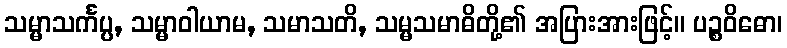
သမ္မာသင်္ကပ္ပ, သမ္မာဝါယာမ, သမာသတိ, သမ္မသမာဓိတို့၏ အပြားအားဖြင့်။ ပဉ္စဝိဓော၊